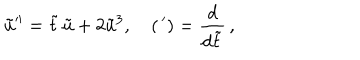
\tilde { u } ^ { \prime \prime } = \tilde { t } \, \tilde { u } + 2 \tilde { u } ^ { 3 } , \quad ( \, { } ^ { \prime } ) = \frac { d } { d \tilde { t } } \, ,